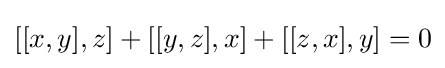
[[x,y],z]+[[y,z],x]+[[z,x],y]=0